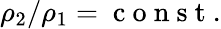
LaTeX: \rho_{2}/\rho_{1}=\mathrm{~c~o~n~s~t~}.